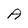
Character: A